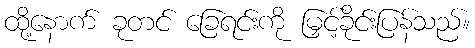
ထို့နောက် ခုတင် ခြေရင်းကို မြှင့်ခိုင်းပြန်သည်။